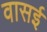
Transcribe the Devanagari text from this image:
वासई